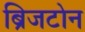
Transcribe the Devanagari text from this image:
ब्रिजटोन